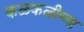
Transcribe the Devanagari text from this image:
कळकळीच्या